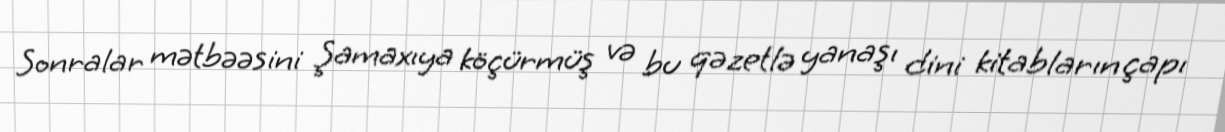
Sonralar mətbəəsini Şamaxıya köçürmüş və bu qəzetlə yanaşı dini kitabların çapı